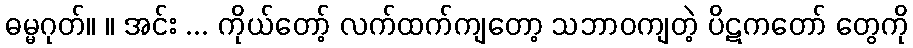
ဓမ္မဂုတ်။ ။ အင်း ... ကိုယ်တော့် လက်ထက်ကျတော့ သဘာဝကျတဲ့ ပိဋကတော် တွေကို